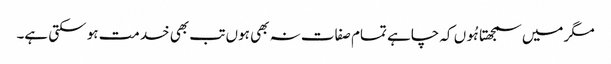
مگر میں سمجھتا ہُوں کہ چاہے تمام صفات نہ بھی ہوں تب بھی خدمت ہو سکتی ہے۔